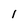
Character: 1